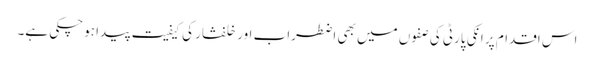
اس اقدام پر انکی پارٹی کی صفوں میں بھی اضطراب اور خلفشار کی کیفیت پیدا ہوچکی ہے۔